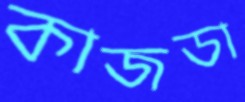
কাজডা